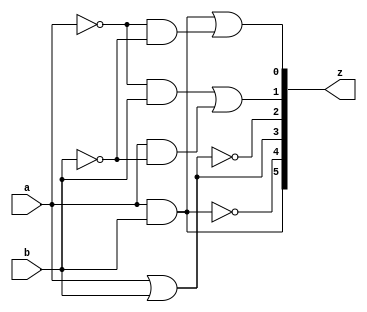
`timescale 1ns / 1ps
//////////////////////////////////////////////////////////////////////////////////
// Company:        Sun Yat-Sen Univ.
// 
// Design Name:    gates2
// Module Name:    gates2 
// Project Name:   gates2
// Target Devices: Nexys3 / Spartan-6
// Tool versions:  
// Description:    
//
// Dependencies:   
//
// Revision: 
// Revision 0.01 - File Created
// Additional Comments: 
//
//////////////////////////////////////////////////////////////////////////////////
module gates2( input wire a, b,
					output wire[5:0] z );
	assign z[5] = a & b;
	assign z[4] = ~(a & b);
	assign z[3] = a | b;
	assign z[2] = ~(a | b);
	assign z[1] = (~a & b) | (a & ~b);
	assign z[0] = (a & b) | (~a & ~b);
endmodule